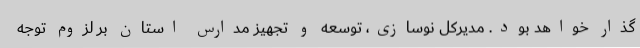
گذار خواهد بود. مدیرکل نوسازی، توسعه و تجهیز مدارس استان بر لزوم توجه